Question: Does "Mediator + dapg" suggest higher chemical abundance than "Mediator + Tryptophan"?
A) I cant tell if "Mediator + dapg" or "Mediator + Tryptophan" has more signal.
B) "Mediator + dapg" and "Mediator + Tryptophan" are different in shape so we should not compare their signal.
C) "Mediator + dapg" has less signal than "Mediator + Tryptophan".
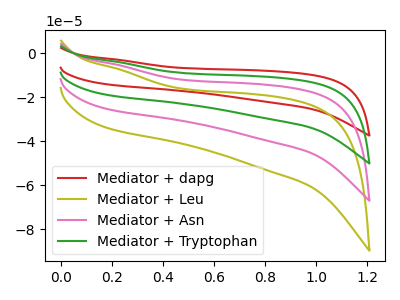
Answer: <think>The red curve "Mediator + dapg" has no peaks. The olive curve "Mediator + Leu" has no peaks. The pink curve "Mediator + Asn" has no peaks. The green curve "Mediator + Tryptophan" has no peaks.
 Neither "Mediator + dapg" or "Mediator + Tryptophan" have any peaks.</think>
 <answer>A) I cant tell if "Mediator + dapg" or "Mediator + Tryptophan" has more signal.</answer>
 <eval>A</eval>